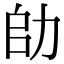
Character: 𠡒